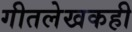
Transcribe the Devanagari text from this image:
गीतलेखकही